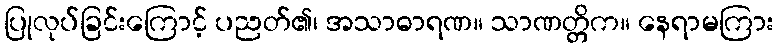
ပြုလုပ်ခြင်းကြောင့် ပညတ်၏၊ အသာဓာရဏ။ သာဏတ္တိက။ နေရာမကြား